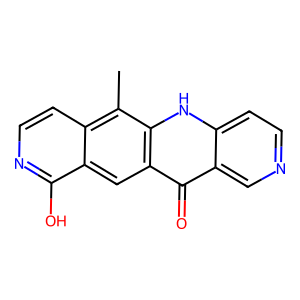
SMILES: Cc1c2ccnc(O)c2cc2c(=O)c3cnccc3[nH]c12
Inhibits HIV replication: No